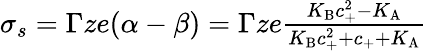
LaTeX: \begin{array}{r}{\sigma_{s}=\Gamma ze(\alpha-\beta)=\Gamma ze\frac{K_{\mathrm{B}}c_{+}^{2}-K_{\mathrm{A}}}{K_{\mathrm{B}}c_{+}^{2}+c_{+}+K_{\mathrm{A}}}}\end{array}